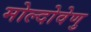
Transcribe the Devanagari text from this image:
मोल्दोवेणु